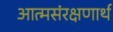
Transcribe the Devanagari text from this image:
आत्मसंरक्षणार्थ